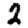
Digit: 2